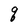
Character: q